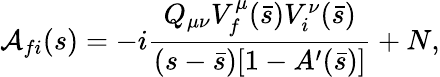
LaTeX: {\cal A}_{fi}(s)=-i\frac{Q_{\mu\nu}V_{f}^{\mu}(\bar{s})V_{i}^{\nu}(\bar{s})}{(s-\bar{s})[1-A^{\prime}(\bar{s})]}+N,